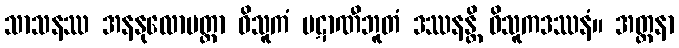
သာသနဿ အနနုလောမတ္တာ ဝိသူကံ ပဋာဏီဘူတံ ဒဿနန္တိ ဝိသူကဒဿနံ။ အတ္တနာ